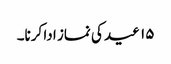
۱۵ عید کی نماز ادا کرنا۔